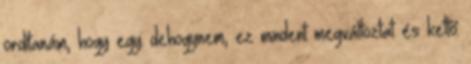
ordítanám, hogy egy: dehogynem, ez mindent megváltoztat és kettő: